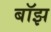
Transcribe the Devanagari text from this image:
बॉझ